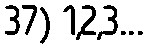
37) 1,2,3...